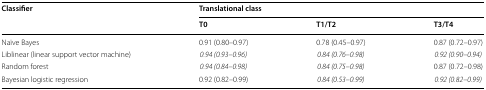
<table><thead><tr><td rowspan="2"><b>Classifier</b></td><td colspan="3"><b>Translational class</b></td></tr><tr><td><b>T0</b></td><td><b>T1/T2</b></td><td><b>T3/T4</b></td></tr></thead><tbody><tr><td>Naïve Bayes</td><td>0.91 (0.80–0.97)</td><td>0.78 (0.45–0.97)</td><td>0.87 (0.72–0.97)</td></tr><tr><td>Liblinear (linear support vector machine)</td><td><i>0.94 (0.93–0.96)</i></td><td><i>0.84 (0.76–0.98)</i></td><td><i>0.92 (0.90–0.94)</i></td></tr><tr><td>Random forest</td><td><i>0.94 (0.84–0.98)</i></td><td><i>0.84 (0.75–0.98)</i></td><td>0.87 (0.72–0.98)</td></tr><tr><td>Bayesian logistic regression</td><td>0.92 (0.82<i>–</i>0.99)</td><td><i>0.84 (0.53–0.99)</i></td><td><i>0.92 (0.82–0.99)</i></td></tr></tbody></table>